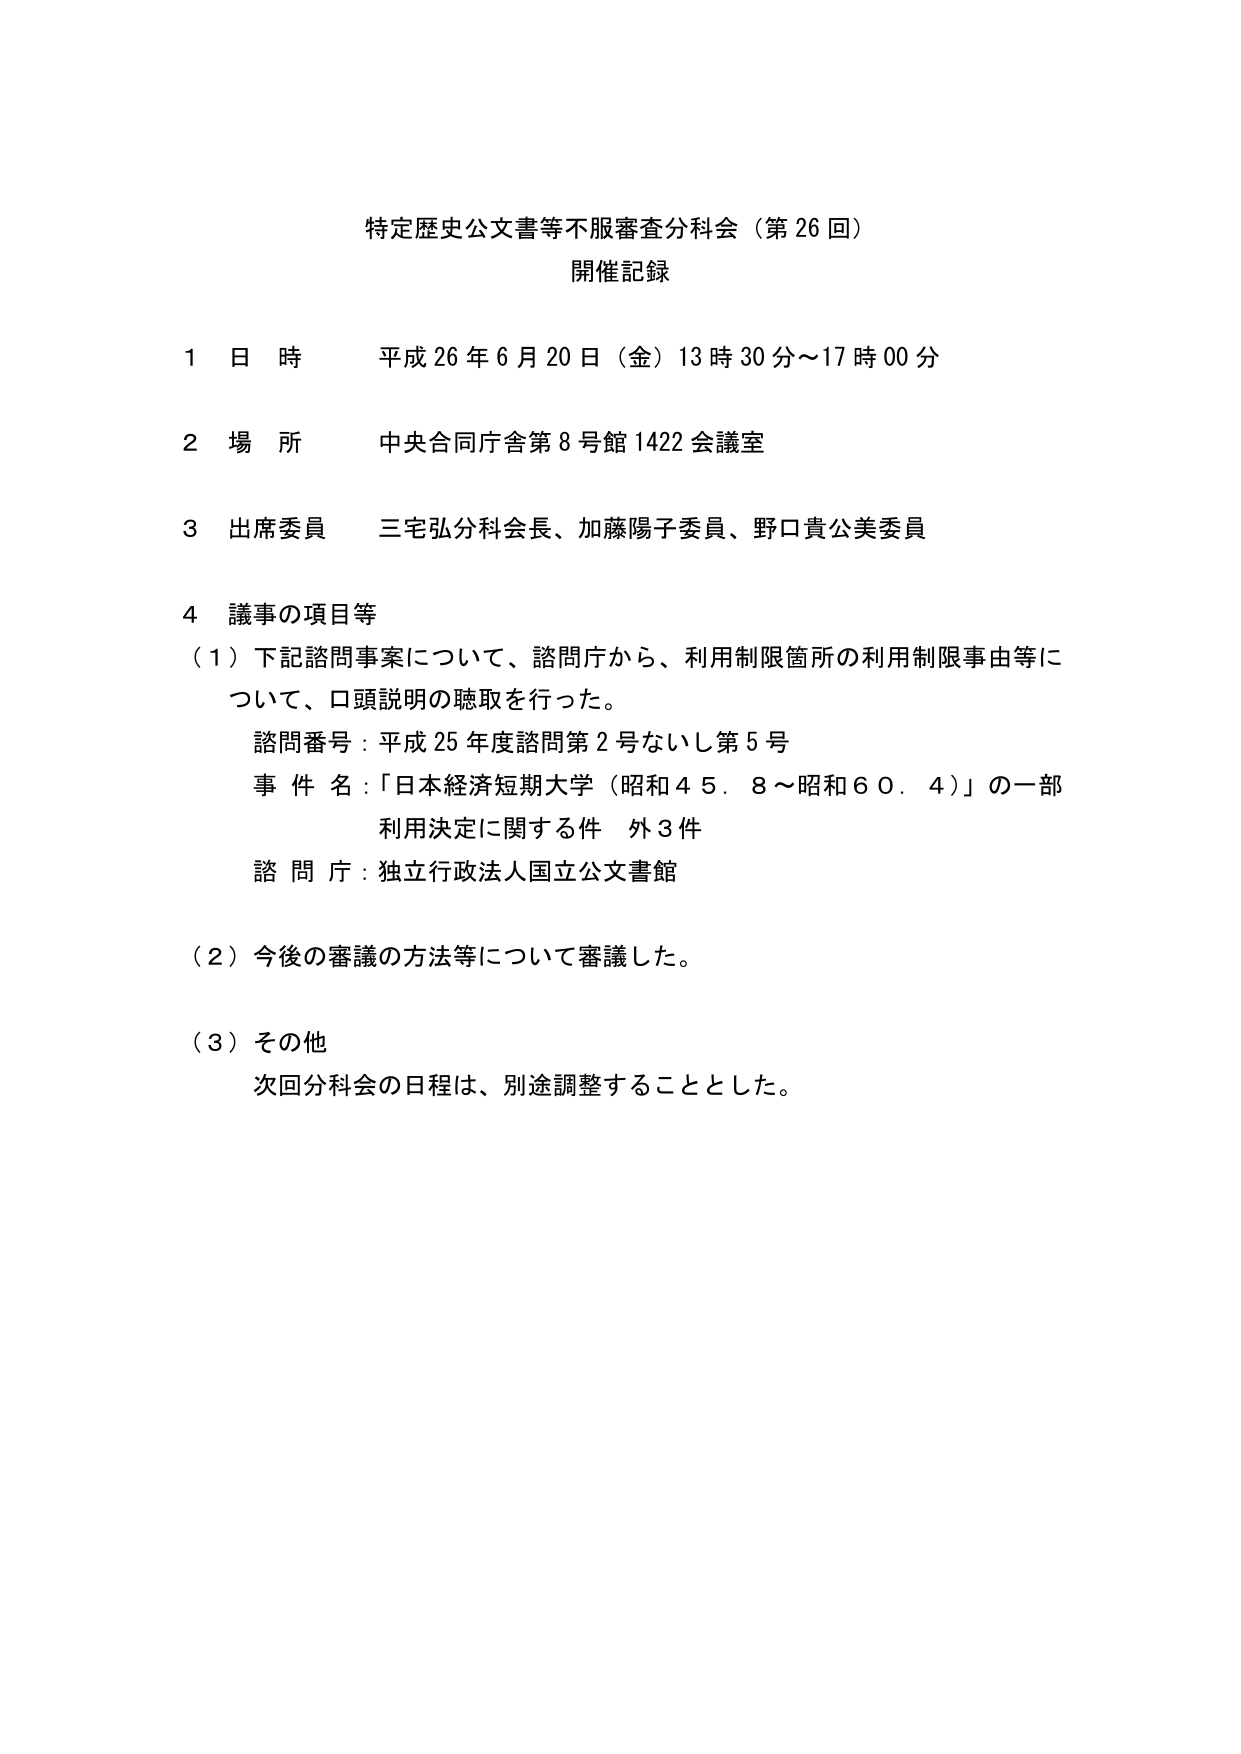
特定歴史公文書等不服審査分科会（第26回）
開催記録

1 日時 平成26年6月20日（金）13時30分～17時00分
2 場所 中央合同庁舎第8号館1422会議室
3 出席委員 三宅弘分科会長、加藤陽子委員、野口貴公美委員
4 議事の項目等
（1）下記諮問事案について、諮問庁から、利用制限箇所の利用制限事由等について、口頭説明の聴取を行った。
　諮問番号：平成25年度諮問第2号ないし第5号
　事件名：「日本経済短期大学（昭和45．8～昭和60．4）」の一部利用決定に関する件 外3件
　諮問庁：独立行政法人国立公文書館
（2）今後の審議の方法等について審議した。
（3）その他
　次回分科会の日程は、別途調整することとした。